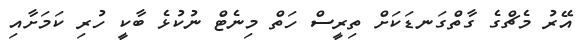
އޭރު މެޗްގެ ގާތްގަނޑަކަށް ތިރީސް ހަތް މިނެޓް ނުކުޅެ ބާކީ ހުރި ކަމަށާއި